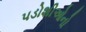
પડોશીઓનો